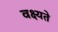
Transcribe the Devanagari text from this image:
वक्ष्यते